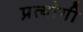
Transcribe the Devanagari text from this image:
प्रत्योगी